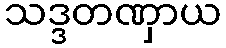
သဒ္ဒတဏှာယ